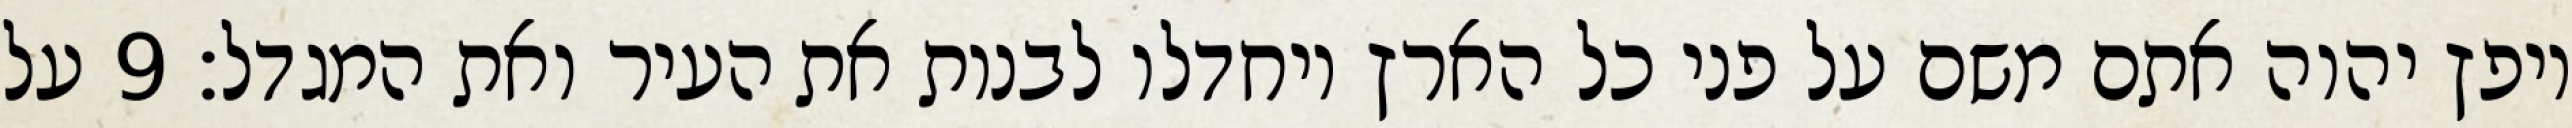
ויפץ יהוה אתם משם על פני כל הארץ ויחדלו לבנות את העיר ואת המגדל׃ ‎9‏ על